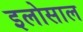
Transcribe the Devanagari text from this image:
इलोसाल